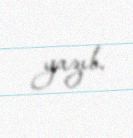
yazıb.